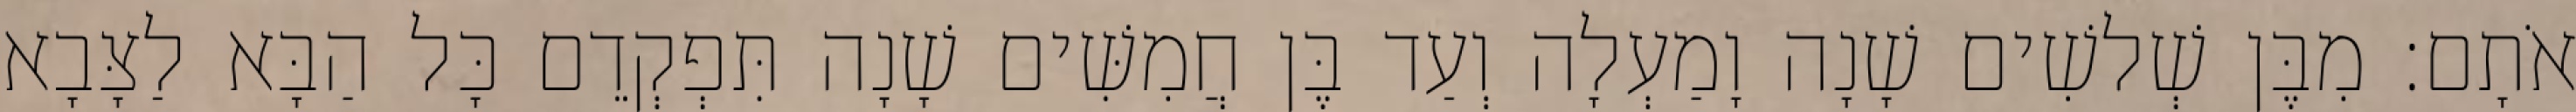
אֹתָם׃ מִבֶּן שְׁלשִׁים שָׁנָה וָמַעְלָה וְעַד בֶּן חֲמִשִּׁים שָׁנָה תִּפְקְדֵם כָּל הַבָּא לַצָּבָא